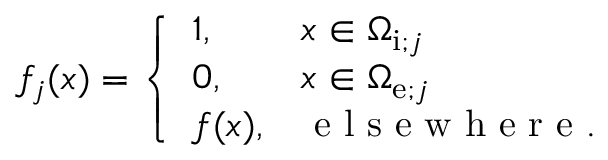
\begin{array} { r } { f _ { j } ( x ) = \left\{ \begin{array} { l l } { 1 , \quad } & { x \in \Omega _ { \mathrm { i } ; j } } \\ { 0 , } & { x \in \Omega _ { \mathrm { e } ; j } } \\ { f ( x ) , } & { \mathrm { ~ e ~ l ~ s ~ e ~ w ~ h ~ e ~ r ~ e ~ } . } \end{array} \right. } \end{array}